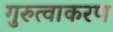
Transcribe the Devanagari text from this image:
गुरुत्वाकरण